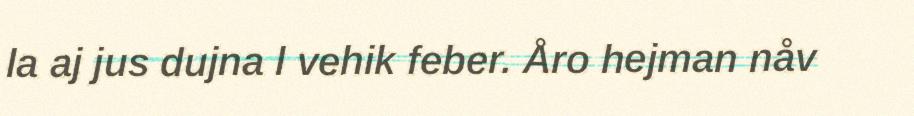
la aj jus dujna l vehik feber. Åro hejman nåv